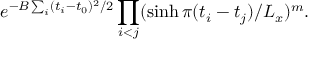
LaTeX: e ^ { - B \sum _ { i } ( t _ { i } - t _ { 0 } ) ^ { 2 } / 2 } \prod _ { i < j } ( \sinh \pi ( t _ { i } - t _ { j } ) / L _ { x } ) ^ { m } .